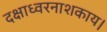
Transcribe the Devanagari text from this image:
दक्षाध्वरनाशकाय।